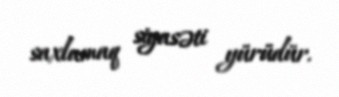
saxlamaq siyasəti yürüdür.